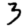
Digit: 3